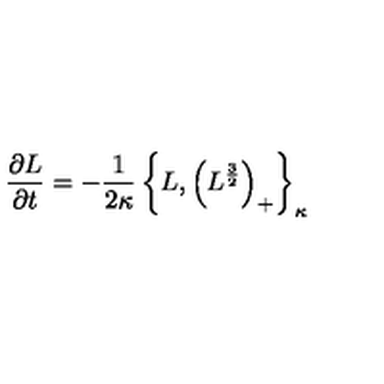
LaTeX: { \frac { \partial L } { \partial t } } = - { \frac { 1 } { 2 \kappa } } \left\{ L , \left( L ^ { \frac { 3 } { 2 } } \right) _ { + } \right\} _ { \kappa }